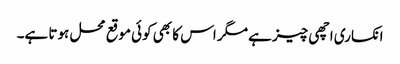
انکساری اچھی چیز ہے مگر اس کا بھی کوئی موقع محل ہوتا ہے۔